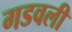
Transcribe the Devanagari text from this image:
गडवली